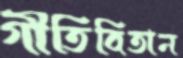
গীতিবিতান